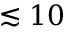
\lesssim 1 0